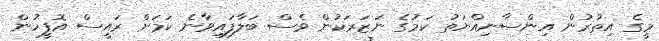
މީގެ އިތުރުން އިންސާނިއްޔަތު ކަމުގެ ނަޒަރަކުން ވެސް ބަލާފައިވާނެ ކަމަށް ރައީސް އޮފީހުން